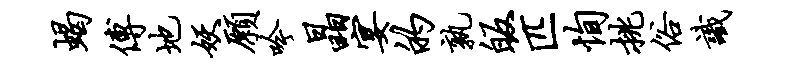
蝎傅地妖愿吟晶宴的孰皈匹恂挑俗识